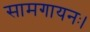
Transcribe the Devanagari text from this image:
सामगायनः।